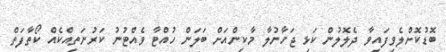
ބޮޑުކޮށްލެވިފައިވާ ދެލޮލުން ކަޅި ޖަހާނުލާ މާކިންއަށް ބަލަން ހުއްޓާ ވެއްޓުނު ކަރުނަތިއްކެއް ކޯތާފަތް